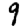
Digit: 9